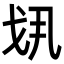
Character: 𢦚